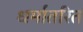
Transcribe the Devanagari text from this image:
धर्मातरित